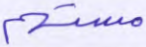
مستهم